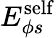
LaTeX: E_{\phi s}^{\mathrm{self}}